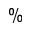
\%